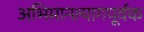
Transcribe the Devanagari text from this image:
अभिमानत्यागपूर्वक